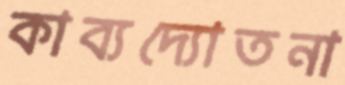
কাব্যদ্যোতনা